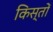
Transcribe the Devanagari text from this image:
किस्‍तों